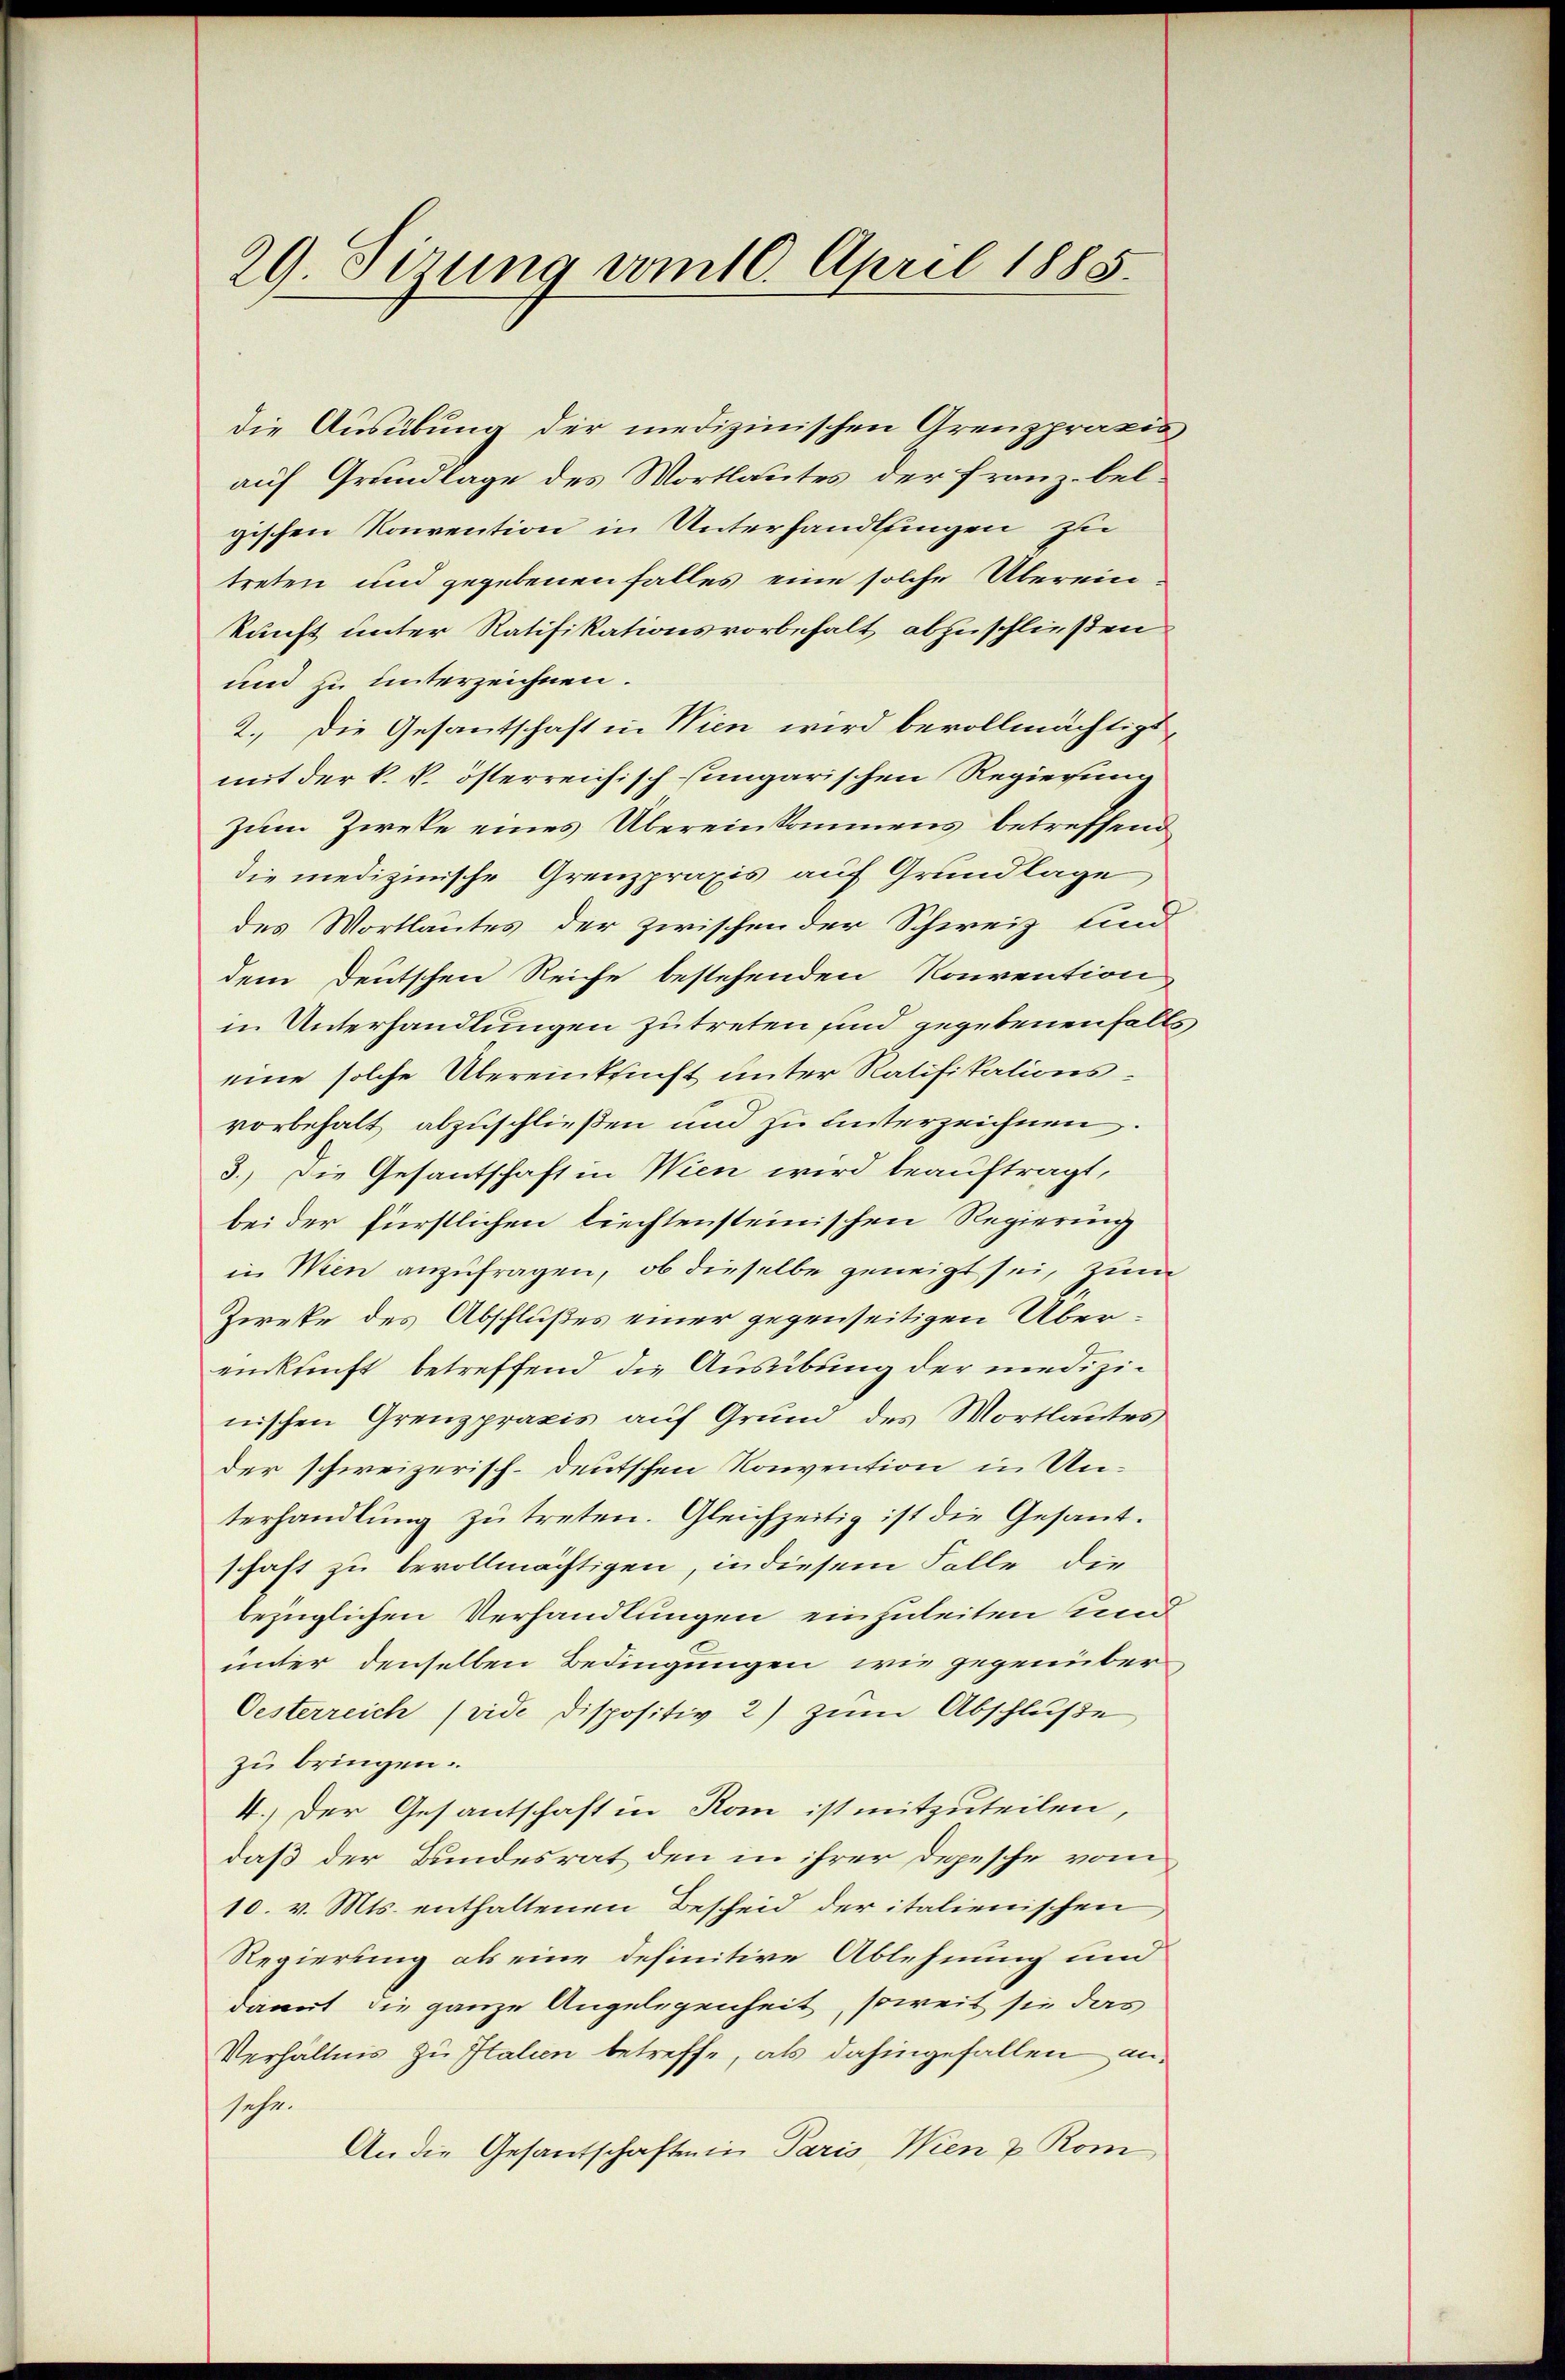
29 Sirung vom 10. April 1885.

die Ausübung der medizinischen Grenzpraxis
auf Grundlage des Wortlautes der Franz belgischen Konvention in Unterhandlungen zu
treten und gegebenen Falles eine solche Übereinkunft unter Ratifikationsvorbehalt abzuschließen
und zu unterzeichnen.
2.) Die Gesantschaft in Wien wird bevollmächtigt,
mit der k. k. österreichisch ungarischen Regierung
Zum Zieke eines Übereinkommens betreffend
die medizinische Grenzpraxis auf Grundlage
des Wortlautes der zwischen der Schweiz sind
dem Deutschen Reiche bestehenden Konvention
in Unterhandlungen zutreten sind gegebenenfalls
eine solche Übereinkunft unter Ratifikationsvorbehalt abzuschließen und zu hinterzeichnen.
3.) Die Gesantschaft in Wien wird beauftragt,
bei der fürstlichen liechtensteinischen Regierung
in Wien anzufragen, ob dieselbe geneigt sei, zum
Zweke des Abschlußes einer gegenseitigen Übereinkunft betreffend die Ausübung der medizinischen Grenzpraxis auf Grund des Wortlautes
der schweizerisch-deutschen Konvention in Unterhandlŭng zŭ treten. Gleichzeitig ist die Gesant-
schaft zu bevollmächtigen, in diesem Falle die
bezüglichen Verhandlungen einzuleiten Beend
unter denselben Bedingungen wie gegenüber
Oesterreich (vide dispositiv 2) zŭm Abschluße
zu bringen.
4.) Der Gesantschaft in Rom ist mitzuteilen,
daß der Bundesrat den in ihrer Depesche vom
10. v. Mts. enthaltenen Bescheid der italienischen
Regierung als eine definitive Ablehnung und
damit die ganze Angelegenheit, soweit sie das
Verhältnis zu Italien betreffe, als dahingefallen ansehe.
An die Gesantschaften in Paris Wien u. Rom